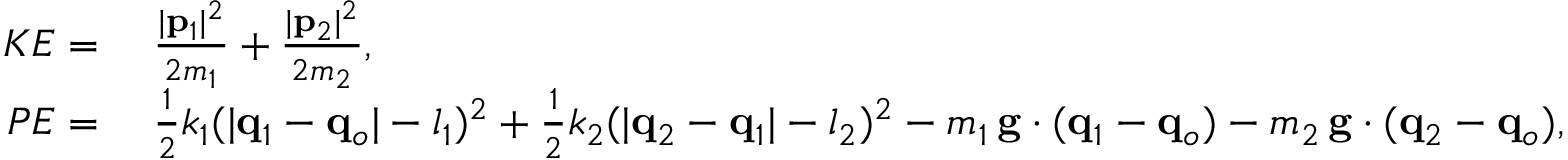
\begin{array} { r l } { K E = } & { \; \frac { | \mathbf { p } _ { 1 } | ^ { 2 } } { 2 m _ { 1 } } + \frac { | \mathbf { p } _ { 2 } | ^ { 2 } } { 2 m _ { 2 } } , } \\ { P E = } & { \; \frac 1 2 k _ { 1 } ( | \mathbf { q } _ { 1 } - \mathbf { q } _ { o } | - l _ { 1 } ) ^ { 2 } + \frac 1 2 k _ { 2 } ( | \mathbf { q } _ { 2 } - \mathbf { q } _ { 1 } | - l _ { 2 } ) ^ { 2 } - m _ { 1 } \, \mathbf { g } \cdot ( \mathbf { q } _ { 1 } - \mathbf { q } _ { o } ) - m _ { 2 } \, \mathbf { g } \cdot ( \mathbf { q } _ { 2 } - \mathbf { q } _ { o } ) , } \end{array}